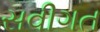
સવીગત